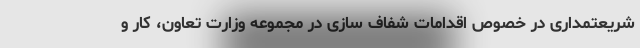
شریعتمداری در خصوص اقدامات شفاف سازی در مجموعه وزارت تعاون، کار و